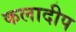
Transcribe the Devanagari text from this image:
कलादीप